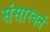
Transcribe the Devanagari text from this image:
संसारवर्त